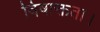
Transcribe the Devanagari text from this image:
विषाक्तता।